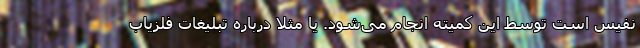
نفیس است توسط این کمیته انجام می‌شود. یا مثلا درباره تبلیغات فلزیاب